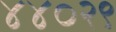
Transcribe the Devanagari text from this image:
४४०२९